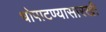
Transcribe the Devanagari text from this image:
धोपाटण्यासारखी